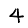
Digit: 4